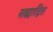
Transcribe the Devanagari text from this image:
सह्याद्रित